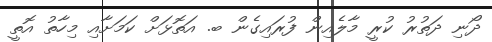
ދޯނި ދަތުރު ކުރީ މާލެއިން ފުރައިގެން ބ. އަތޮޅަށް ކަމަށާއި މިހާތު އޮތީ